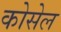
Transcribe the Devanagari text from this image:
कोसेल